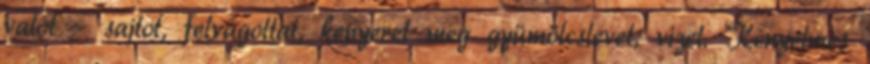
valót – sajtot, felvágottat, kenyeret meg gyümölcslevet, vizet. Kényelmes